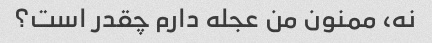
نه، ممنون من عجله دارم چقدر است؟